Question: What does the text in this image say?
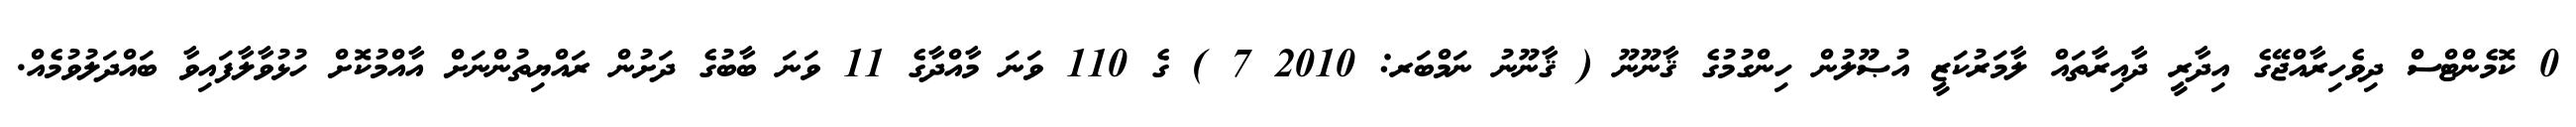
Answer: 0 ކޮމެންޓްސް ދިވެހިރާއްޖޭގެ އިދާރީ ދާއިރާތައް ލާމަރުކަޒީ އުޞޫލުން ހިންގުމުގެ ޤާނޫނޫ ( ޤާނޫނު ނަމްބަރ: 2010 7 ) ގެ 110 ވަނަ މާއްދާގެ 11 ވަނަ ބާބުގެ ދަށުން ރައްޔިތުންނަށް އާއްމުކޮށް ހުޅުވާލާފައިވާ ބައްދަލުވުމެއް.